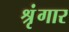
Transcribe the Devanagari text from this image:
श्रृंंगार